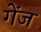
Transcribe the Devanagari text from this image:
गेंज